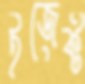
ইজেক্ট